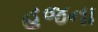
હજના